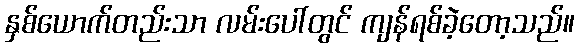
နှစ်ယောက်တည်းသာ လမ်းပေါ်တွင် ကျန်ရစ်ခဲ့တော့သည်။